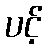
ပင့်